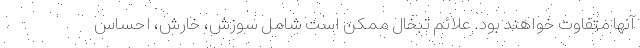
آنها متفاوت خواهند بود. علائم تبخال ممکن است شامل سوزش، خارش، احساس